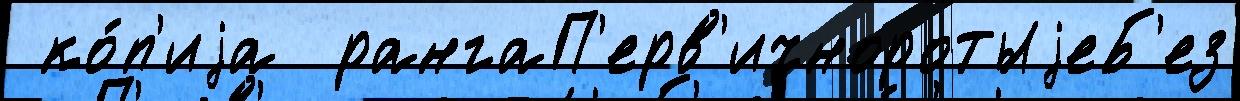
 ко́п'иjа  рангаП'ерв'ичноротыjеБ'ез